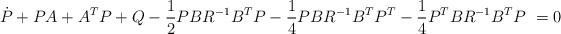
LaTeX: \begin{align*} \dot{P}+PA+A^TP+Q- \frac{1}{2} PBR^{-1}B^{T}P -\frac{1}{4} PBR^{-1}B^{T}P^T - \frac{1}{4} P^TBR^{-1}B^{T}P \ =0 \end{align*}